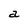
Character: a